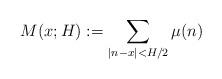
LaTeX: \begin{align*}M(x;H):=\sum_{|n-x|<H/2} \mu(n)\end{align*}